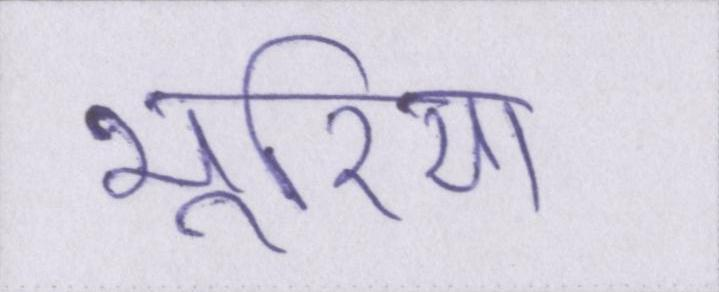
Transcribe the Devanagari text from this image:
भूरिया